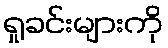
ရှုခင်းများကို